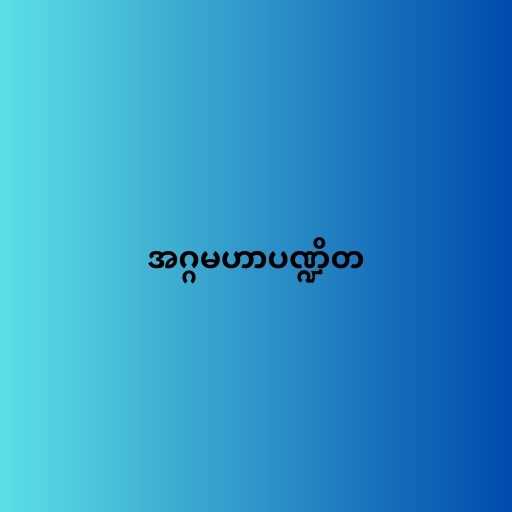
အဂ္ဂမဟာပဏ္ဍိတ